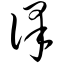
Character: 译